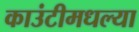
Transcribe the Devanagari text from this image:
काउंटीमधल्या